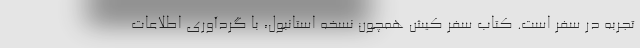
تجربه در سفر است. کتاب سفر کیش همچون نسخه استانبول، با گردآوری اطلاعات